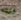
انت